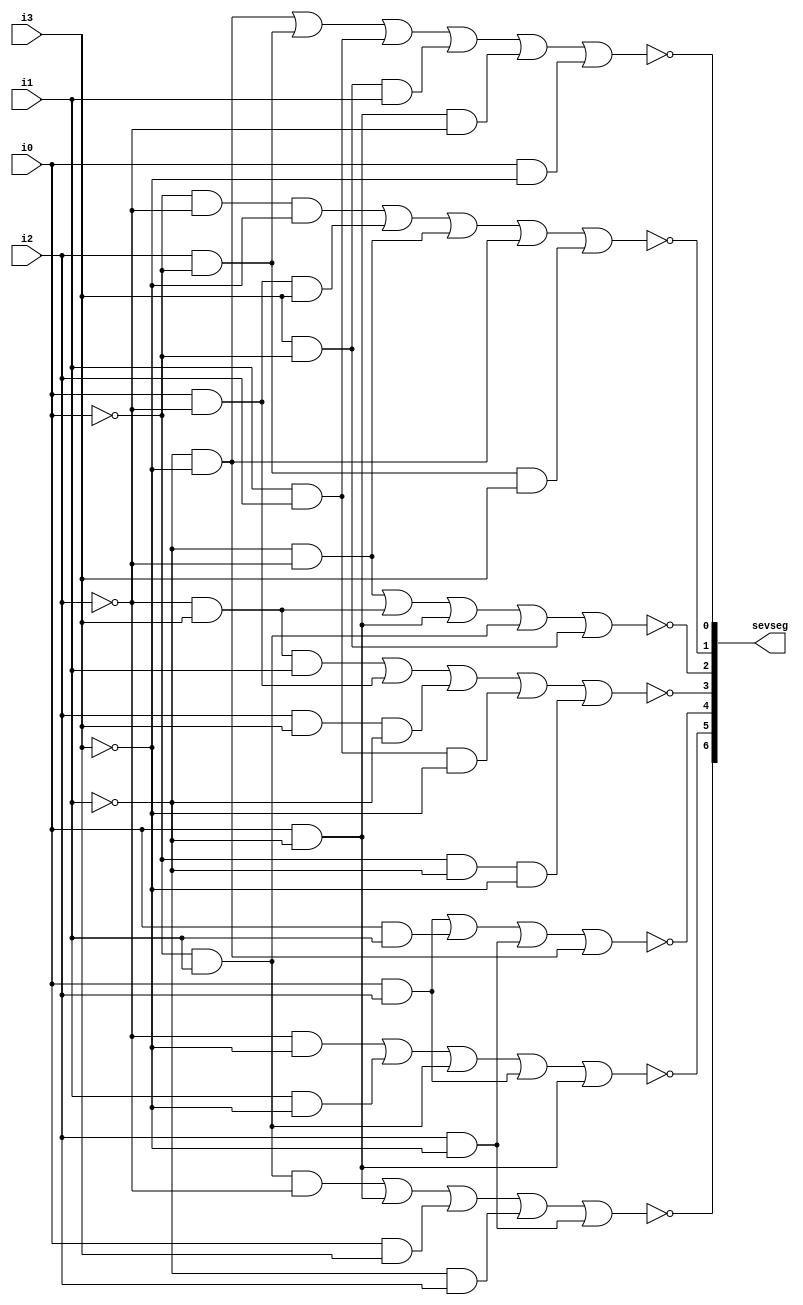
module sevsegment (i0, i1, i2, i3,sevseg);
input i0,i1,i2,i3;
output [6:0]sevseg;

assign sevseg[0] = !((~i1 & ~i3)|(i2 & ~i0)|(i1 & i2)|(i3 & ~i0 & i1)|(i0 & ~i1 & ~i2) | (i0 & ~i3));
assign sevseg[1] = !((~i0 & ~i2 & ~i3)|(i0 & ~i2 & i3)|(~i1 & ~i2)|(~i1 & ~i3)|( ~i0 & i2 & i3));
assign sevseg[2] = !((~i1 & ~i2)|( ~i2 & i3)|(i0 & ~i1)|(~i0 & i1)|(i3 & ~i0));
assign sevseg[3] = !((~i2 & i3 & i1)|(i0 & ~i2)|(i2 & i3 & ~i1)|(i1 & i2 & ~i3)| (~i0 & ~i1 & ~i3));
assign sevseg[4] = !((i0 & i2)|(i0 & i1)|(i2 & ~i3)|(~i1 & ~i3));
assign sevseg[5] = !((~i2 & ~i3)|(i1 & ~i3)|(~i0 & i1)|(i0 & i2)|(i0 & ~i1));
assign sevseg[6] = !(( ~i0 & i1 & ~i2)|(i0 & ~i1)|(i0 & i3)|( ~i1 & i2)|(i2 & ~i3));

endmodule